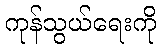
ကုန်သွယ်ရေးကို